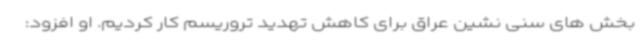
بخش های سنی نشین عراق برای کاهش تهدید تروریسم کار کردیم. او افزود: